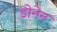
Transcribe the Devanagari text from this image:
डोनेन